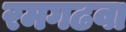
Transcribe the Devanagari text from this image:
रमगढवा